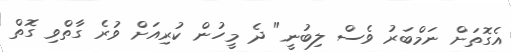
އެގޮތަށް ނަމްބަރު ވެސް ލިބުނީ" ދެ މީހުން ކުރިއަށް ވުރެ ގާތްވި ގޮތް